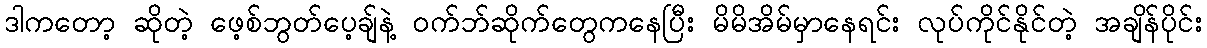
ဒါကတော့ ဆိုတဲ့ ဖေ့စ်ဘွတ်ပေ့ချ်နဲ့ ၀က်ဘ်ဆိုက်တွေကနေပြီး မိမိအိမ်မှာနေရင်း လုပ်ကိုင်နိုင်တဲ့ အချိန်ပိုင်း